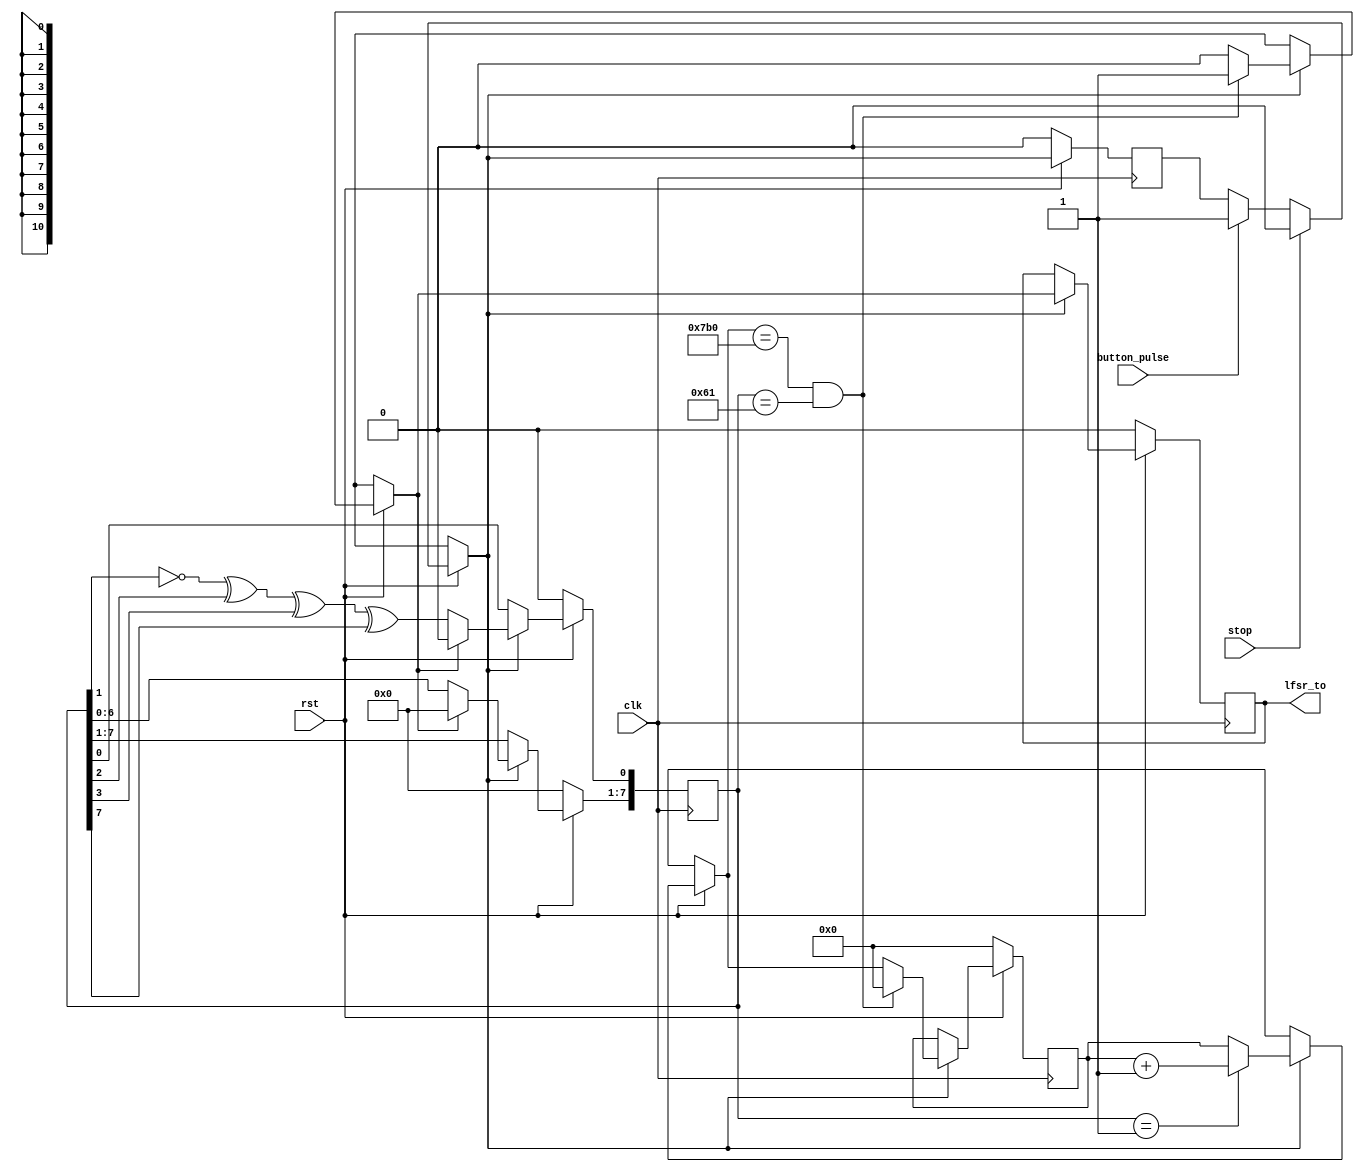
module LFSR(clk,rst,lfsr_to,button_pulse,stop);
  input clk,rst,button_pulse,stop; 
 //output reg lfsr_out;

 reg [10:0]count;
  reg [7:0] LFSR;
  output reg lfsr_to;
  reg flag;
 // assign lfsr_to = (LFSR == 11'h359);
  always @(posedge clk)
  begin
if (rst==0)begin 
LFSR[7:0] <= 8'h00;
count =0;
lfsr_to=0;
flag=0;
end
else
begin
if(button_pulse==1) begin
flag=1;
end
if(stop==1)
begin
flag=0;
end

if(flag==1)begin
if(LFSR ==8'h01)begin
count=count+1'b1;
end
if(count==11'b11110110000 && (LFSR == 8'h61)) begin
lfsr_to=1;
count=0;
end
else begin
lfsr_to=0;
end
if (lfsr_to) begin 
LFSR[7:0] <= 8'h00;
end
else
begin

     LFSR[0] <= ~LFSR[1] ^ LFSR[2] ^ LFSR[3] ^ LFSR[7];
    LFSR[7:1] <= LFSR[6:0];
 end
end
end
end
endmodule